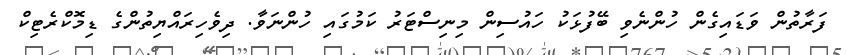
ފަރާތުން ވަޑައިގެން ހުންނެވި ބޭފުޅަކު ހައުސިން މިނިސްޓަރު ކަމުގައި ހުންނަވާ. ދިވެހިރައްޔިތުންގެ ޑިމޮކްރެޓިކް